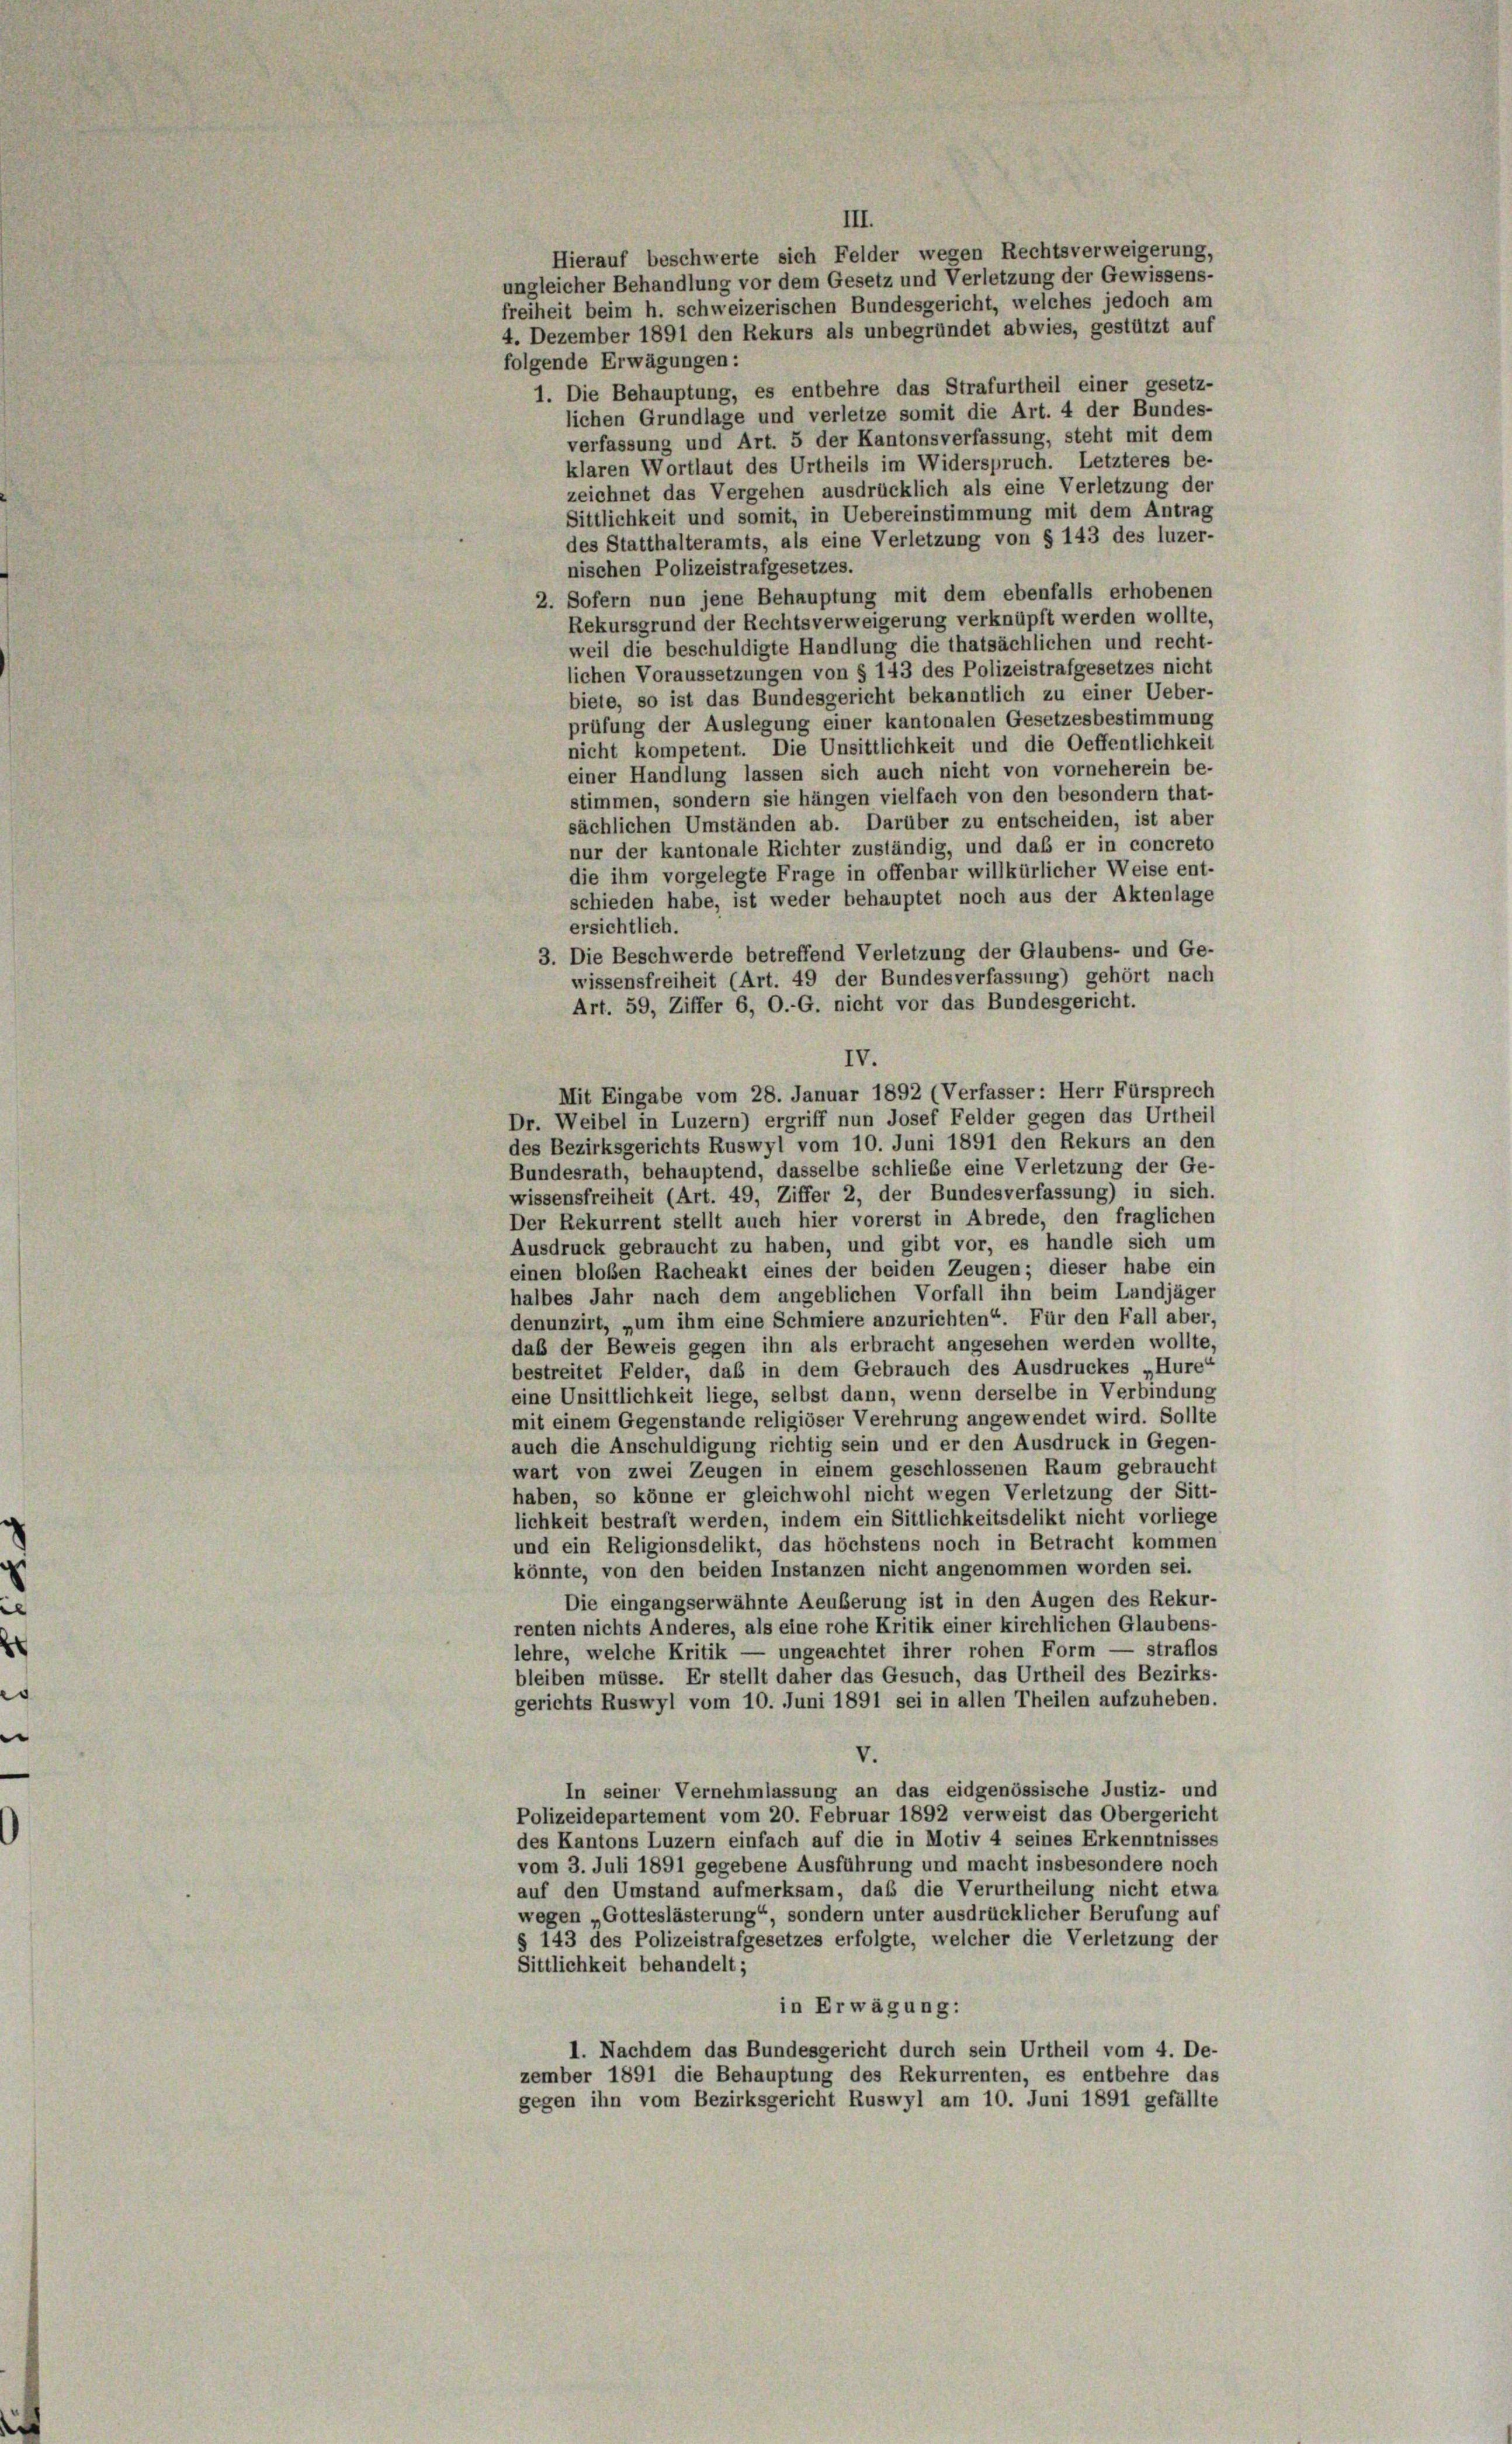
III.
Hierauf beschwerte sich Felder wegen Rechtsverweigerung,
ungleicher Behandlung vor dem Gesetz und Verletzung der Gewissens-
freiheit beim h. schweizerischen Bundesgericht, welches jedoch am
4. Dezember 1891 den Rekurs als unbegründet abwies, gestützt auf
folgende Erwägungen:
1. Die Behauptung, es entbehre das Strafurtheil einer gesetz-
lichen Grundlage und verletze somit die Art. 4 der Bundes-
verfassung und Art. 5 der Kantonsverfassung, steht mit dem
klaren Wortlaut des Urtheils im Widerspruch. Letzteres be-
zeichnet das Vergehen ausdrücklich als eine Verletzung der
Sittlichkeit und somit, in Uebereinstimmung mit dem Antrag
des Statthalteramts, als eine Verletzung von § 143 des luzer-
nischen Polizeistrafgesetzes.
2. Sofern nun jene Behauptung mit dem ebenfalls erhobenen
Rekursgrund der Rechtsverweigerung verknüpft werden wollte,
weil die beschuldigte Handlung die thatsächlichen und recht-
lichen Voraussetzungen von § 143 des Polizeistrafgesetzes nicht
biete, so ist das Bundesgericht bekanntlich zu einer Ueber-
prüfung der Auslegung einer kantonalen Gesetzesbestimmung
nicht kompetent. Die Unsittlichkeit und die Oeffentlichkeit
einer Handlung lassen sich auch nicht von vorneherein be-
stimmen, sondern sie hängen vielfach von den besondern that-
sächlichen Umständen ab. Darüber zu entscheiden, ist aber
nur der kantonale Richter zuständig, und daß er in concreto
die ihm vorgelegte Frage in offenbar willkürlicher Weise ent-
schieden habe, ist weder behauptet noch aus der Aktenlage
ersichtlich.
3. Die Beschwerde betreffend Verletzung der Glaubens- und Ge-
wissensfreiheit (Art. 49 der Bundesverfassung) gehört nach
Art. 59, Ziffer 6, O.-G. nicht vor das Bundesgericht.
IV.
Mit Eingabe vom 28. Januar 1892 (Verfasser: Herr Fürsprech
Dr. Weibel in Luzern) ergriff nun Josef Felder gegen das Urtheil
des Bezirksgerichts Ruswyl vom 10. Juni 1891 den Rekurs an den
Bundesrath, behauptend, dasselbe schliebe eine Verletzung der Ge-
wissensfreiheit (Art. 49, Ziffer 2, der Bundesverfassung) in sich.
Der Rekurrent stellt auch hier vorerst in Abrede, den fraglichen
Ausdruck gebraucht zu haben, und gibt vor, es handle sich um
einen bloßen Racheakt eines der beiden Zeugen; dieser habe ein
halbes Jahr nach dem angeblichen Vorfall ihn beim Landjäger
denunzirt, „um ihm eine Schmiere anzurichten“. Für den Fall aber,
daß der Beweis gegen ihn als erbracht angesehen werden wollte,
bestreitet Felder, daß in dem Gebrauch des Ausdruckes „Hure“
eine Unsittlichkeit liege, selbst dann, wenn derselbe in Verbindung
mit einem Gegenstände religiöser Verehrung angewendet wird. Sollte
auch die Anschuldigung richtig sein und er den Ausdruck in Gegen-
wart von zwei Zeugen in einem geschlossenen Raum gebraucht
haben, so könne er gleichwohl nicht wegen Verletzung der Sitt-
lichkeit bestraft werden, indem ein Sittlichkeitsdelikt nicht vorliege
und ein Religionsdelikt, das höchstens noch in Betracht kommen
könnte, von den beiden Instanzen nicht angenommen worden sei.
Die eingangserwähnte Aeußerung ist in den Augen des Rekur-
renten nichts Anderes, als eine rohe Kritik einer kirchlichen Glaubens-
lehre, welche Kritik — ungeachtet ihrer rohen Form — straflos
bleiben müsse. Er stellt daher das Gesuch, das Urtheil des Bezirks-
gerichts Ruswyl vom 10. Juni 1891 sei in allen Theilen aufzuheben.
V.
In seiner Vernehmlassung an das eidgenössische Justiz- und
Polizeidepartement vom 20. Februar 1892 verweist das Obergericht
des Kantons Luzern einfach auf die in Motiv 4 seines Erkenntnisses
vom 3. Juli 1891 gegebene Ausführung und macht insbesondere noch
auf den Umstand aufmerksam, daß die Verurtheilung nicht etwa
wegen Gotteslästerung“, sondern unter ausdrücklicher Berufung auf
§ 143 des Polizeistrafgesetzes erfolgte, welcher die Verletzung der
Sittlichkeit behandelt;
in Erwägung:
1. Nachdem das Bundesgericht durch sein Urtheil vom 4. De-
zember 1891 die Behauptung des Rekurrenten, es entbehre das
gegen ihn vom Bezirksgericht Ruswyl am 10. Juni 1891 gefällte